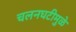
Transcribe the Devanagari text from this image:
चलनघटीमुळे